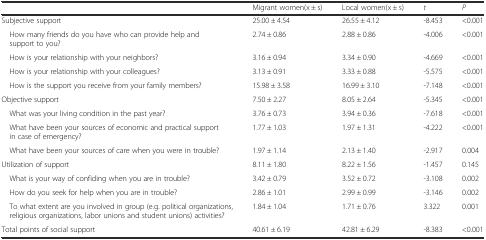
|  | Migrant women(x ± s) | Local women(x ± s) | t | P |
 | --- | --- | --- | --- | --- |
 | Subjective support | 25.00 ± 4.54 | 26.55 ± 4.12 | -8.453 | <0.001 |
 | How many friends do you have who can provide help and support to you? | 2.74 ± 0.86 | 2.88 ± 0.86 | -4.006 | <0.001 |
 | How is your relationship with your neighbors? | 3.16 ± 0.94 | 3.34 ± 0.90 | -4.669 | <0.001 |
 | How is your relationship with your colleagues? | 3.13 ± 0.91 | 3.33 ± 0.88 | -5.575 | <0.001 |
 | How is the support you receive from your family members? | 15.98 ± 3.58 | 16.99 ± 3.10 | -7.148 | <0.001 |
 | Objective support | 7.50 ± 2.27 | 8.05 ± 2.64 | -5.345 | <0.001 |
 | What was your living condition in the past year? | 3.76 ± 0.73 | 3.94 ± 0.36 | -7.618 | <0.001 |
 | What have been your sources of economic and practical support in case of emergency? | 1.77 ± 1.03 | 1.97 ± 1.31 | -4.222 | <0.001 |
 | What have been your sources of care when you were in trouble? | 1.97 ± 1.14 | 2.13 ± 1.40 | -2.917 | 0.004 |
 | Utilization of support | 8.11 ± 1.80 | 8.22 ± 1.56 | -1.457 | 0.145 |
 | What is your way of confiding when you are in trouble? | 3.42 ± 0.79 | 3.52 ± 0.72 | -3.108 | 0.002 |
 | How do you seek for help when you are in trouble? | 2.86 ± 1.01 | 2.99 ± 0.99 | -3.146 | 0.002 |
 | To what extent are you involved in group (e.g. political organizations, religious organizations, labor unions and student unions) activities? | 1.84 ± 1.04 | 1.71 ± 0.76 | 3.322 | 0.001 |
 | Total points of social support | 40.61 ± 6.19 | 42.81 ± 6.29 | -8.383 | <0.001 |